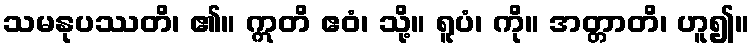
သမနုပဿတိ၊ ၏။ ဣတိ ဧဝံ၊ သို့။ ရူပံ၊ ကို။ အတ္တာတိ၊ ဟူ၍။